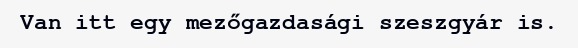
Van itt egy mezőgazdasági szeszgyár is.